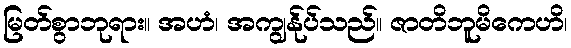
မြတ်စွာဘုရား။ အဟံ၊ အကျွန်ုပ်သည်။ ဇာတိဘူမိကေဟိ၊